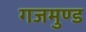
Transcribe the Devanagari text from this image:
गजमुण्ड